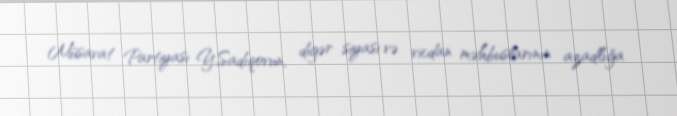
Müsavat Partiyası Y.Sadıqovun, digər siyasi və vicdan məhbuslarının azadlığa